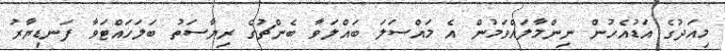
މިއަދުގެ އަޑުއެހުން ނިންމާލައްވަމުން އެ މައްސަލަ ބައްލަވާ ބެންޗުގެ ރިޔާސަތު ބަލަހައްޓަވާ ފަނޑިޔާރު